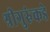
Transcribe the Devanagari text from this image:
श्रीगुरुंकडे